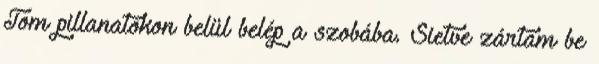
Tom pillanatokon belül belép a szobába. Sietve zártam be